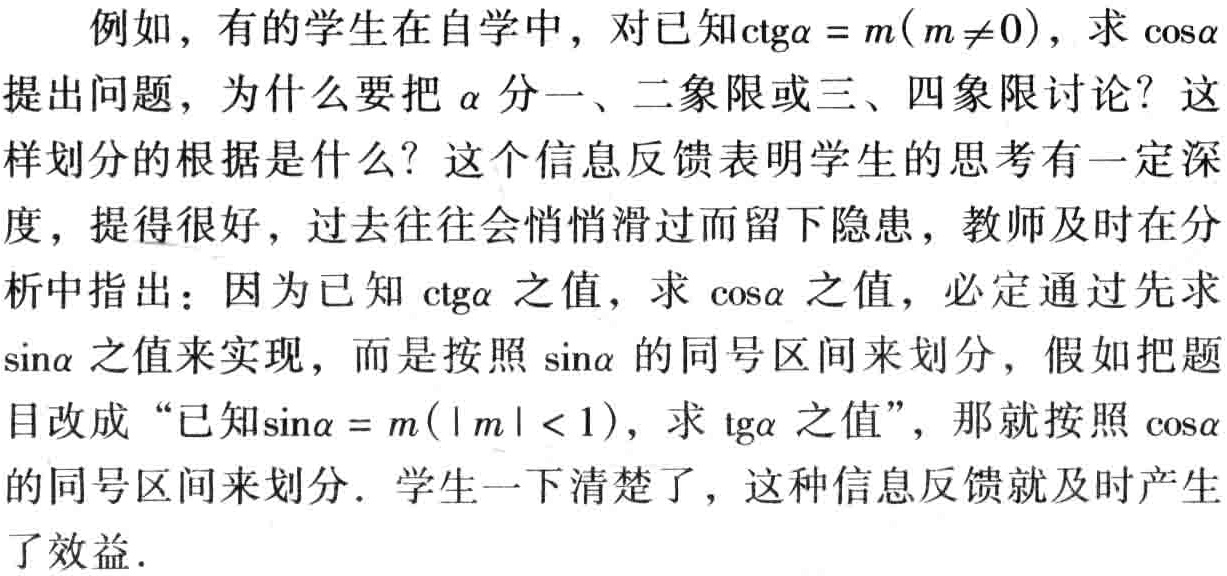
例如，有的学生在自学中，对已知\(\mathrm{ctg}\alpha = m(m\neq0)\)，求\(\cos\alpha\)提出问题，为什么要把\(\alpha\)分一、二象限或三、四象限讨论？这样划分的根据是什么？这个信息反馈表明学生的思考有一定深度，提得很好，过去往往会悄悄滑过而留下隐患，教师及时在分析中指出：因为已知\(\mathrm{ctg}\alpha\)之值，求\(\cos\alpha\)之值，必定通过先求\(\sin\alpha\)之值来实现，而是按照\(\sin\alpha\)的同号区间来划分，假如把题目改成“已知\(\sin\alpha = m(|m| < 1)\)，求\(\mathrm{tg}\alpha\)之值”，那就按照\(\cos\alpha\)的同号区间来划分．学生一下清楚了，这种信息反馈就及时产生了效益．